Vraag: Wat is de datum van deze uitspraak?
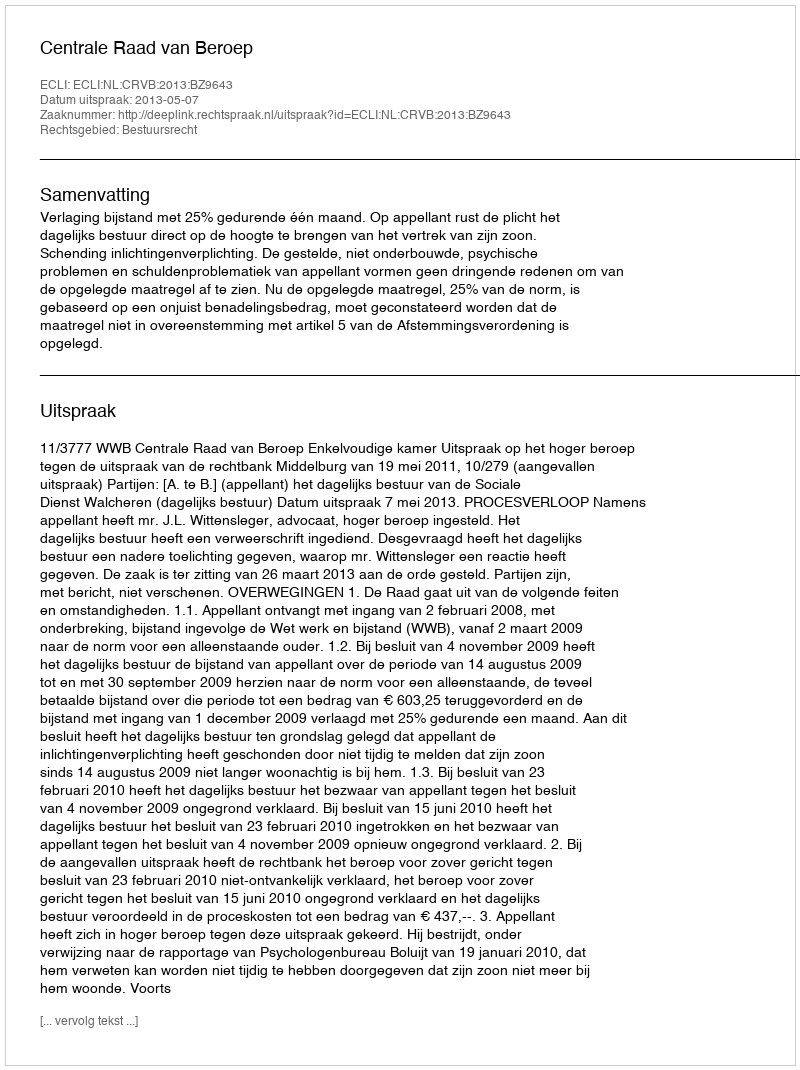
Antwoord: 2013-05-07